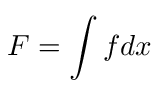
F = \int f d x